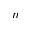
n